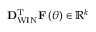
{ \bf D } _ { \mathrm { W I N } } ^ { \mathrm { T } } { \bf F } \left( \theta \right) \in { { \mathbb { R } } ^ { k } }